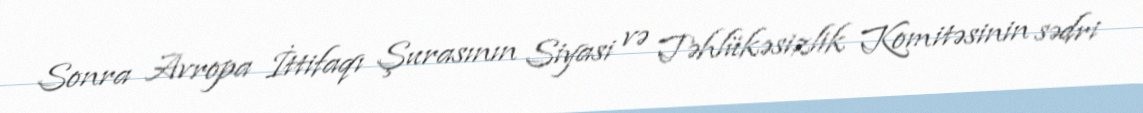
Sonra Avropa İttifaqı Şurasının Siyasi və Təhlükəsizlik Komitəsinin sədri